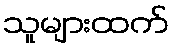
သူများထက်